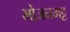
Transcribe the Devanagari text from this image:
भोजनभट्ट